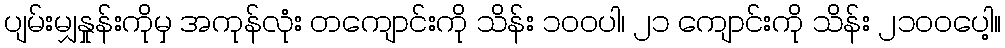
ပျမ်းမျှနှုန်းကိုမှ အကုန်လုံး တကျောင်းကို သိန်း ၁ဝဝပါ၊ ၂၁ ကျောင်းကို သိန်း ၂၁ဝဝပေါ့။